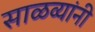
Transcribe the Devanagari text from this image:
साळव्यांनी